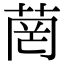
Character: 菵